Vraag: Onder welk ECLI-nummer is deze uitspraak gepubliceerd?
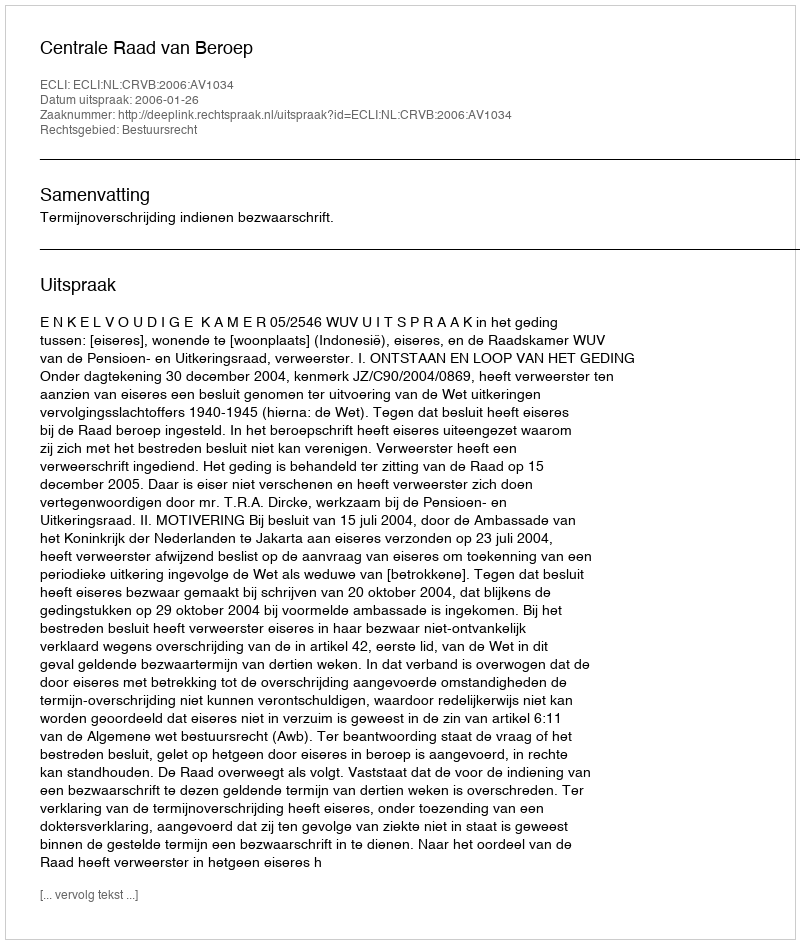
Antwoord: ECLI:NL:CRVB:2006:AV1034